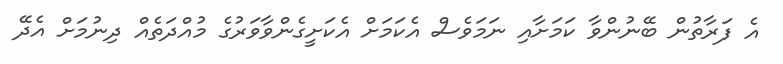
އެ ފަރާތުން ބޭނުންވާ ކަމަށާއި ނަމަވެސް އެކަމަށް އެކަށީގެންވާވަރުގެ މުއްދަތެއް ދިނުމަށް އެދޭ